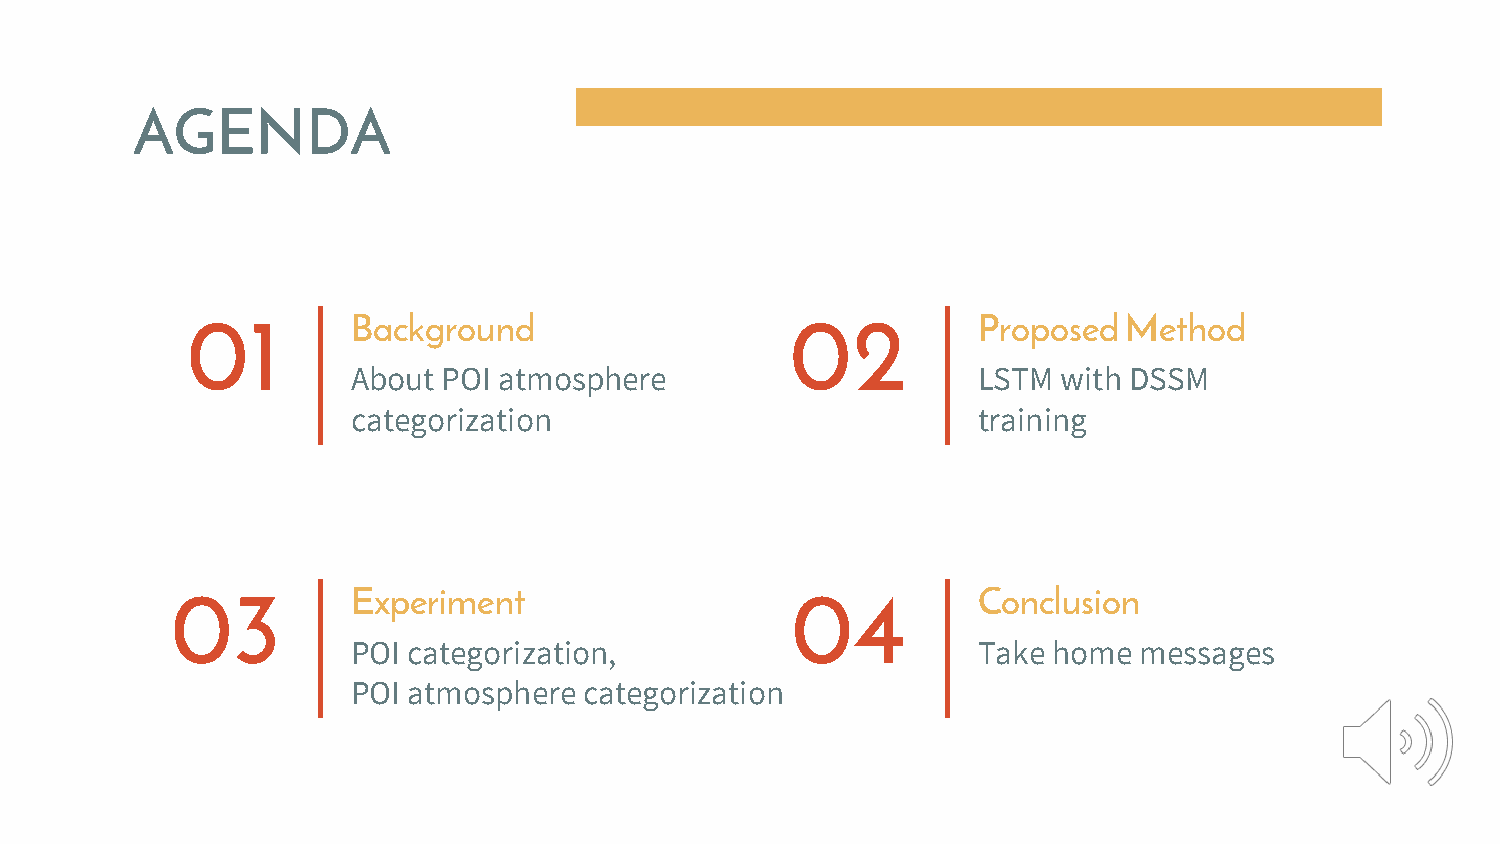
AGENDA
 Background                                Proposed Method
 01                                      02
 About POI atmosphere                      LSTM with DSSM
 categorization                            training
 Experiment                                Conclusion
 03                                       04
 POI categorization,                       Take home messages
 POI atmosphere  categorization